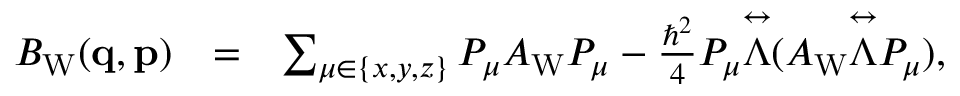
\begin{array} { r l r } { B _ { \mathrm { W } } ( \ensuremath { \mathbf { q } } , \ensuremath { \mathbf { p } } ) } & { = } & { \sum _ { \mu \in \{ x , y , z \} } P _ { \mu } A _ { \mathrm { W } } P _ { \mu } - \frac { \hbar ^ { 2 } } { 4 } P _ { \mu } \overset \leftrightarrow { \Lambda } ( A _ { \mathrm { W } } \overset \leftrightarrow { \Lambda } P _ { \mu } ) , } \end{array}